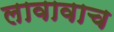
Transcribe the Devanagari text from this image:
लावावाच